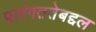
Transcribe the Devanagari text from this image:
पारंगततेबद्दल